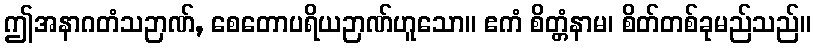
ဤအနာဂတံသဉာဏ်, စေတောပရိယဉာဏ်ဟူသော။ ဧကံ စိတ္တံနာမ၊ စိတ်တစ်ခုမည်သည်။